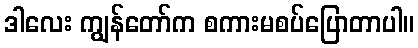
ဒါလေး ကျွန်တော်က စကားမစပ်ပြောတာပါ။